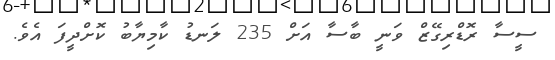
ސީސާ ރޮޑްރިގޭޒް ވަނީ ބާސާ އަށް 235 ލަނޑު ކާމިޔާބު ކޮށްދީފަ އެވެ.